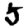
Digit: 5